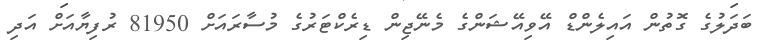
ބަދަލުގެ ގޮތުން އައިލެންޑް އޭވިއޭޝަންގެ މެނޭޖިން ޑިރެކްޓަރުގެ މުސާރައަށް 81950 ރުފިޔާއަށް އަދި